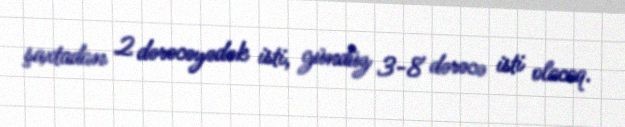
şaxtadan 2 dərəcəyədək isti, gündüz 3-8 dərəcə isti olacaq.